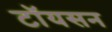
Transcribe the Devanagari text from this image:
टॉयसन